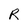
Character: R